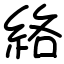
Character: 絡